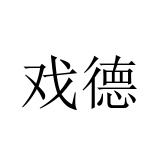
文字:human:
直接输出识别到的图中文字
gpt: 戏德